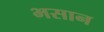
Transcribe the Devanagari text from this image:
भसान